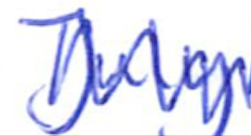
Text: July
Cross-out: zig-zag
Writing tool: ballpoint